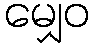
မျှေဝ